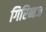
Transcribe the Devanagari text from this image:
गिरिब्बज